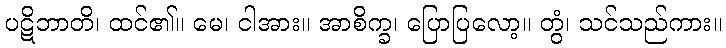
ပဋိဘာတိ၊ ထင်၏။ မေ၊ ငါအား။ အာစိက္ခ၊ ပြောပြလော့။ တွံ၊ သင်သည်ကား။